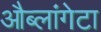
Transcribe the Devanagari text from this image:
औब्लांगेटा